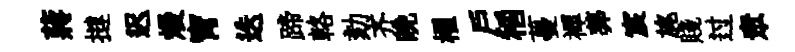
蔣撻迟熳宵迭蹄輅劾齐晩櫂户稻蔓襌莾宸旄賤过衆